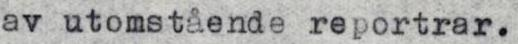
av utomstående reportrar.